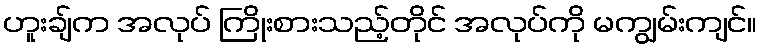
ဟူးချ်က အလုပ် ကြိုးစားသည့်တိုင် အလုပ်ကို မကျွမ်းကျင်။